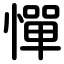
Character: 憚